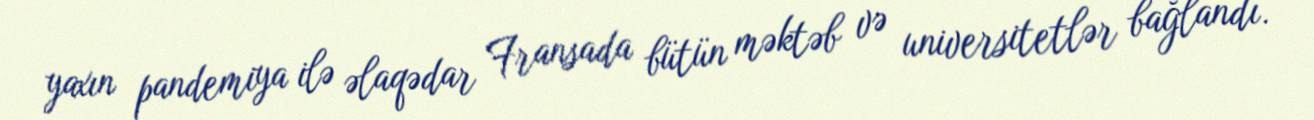
yaxın pandemiya ilə əlaqədar Fransada bütün məktəb və universitetlər bağlandı.